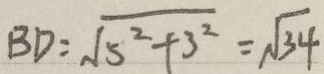
B D = \sqrt { 5 ^ { 2 } + 3 ^ { 2 } } = \sqrt { 3 4 }